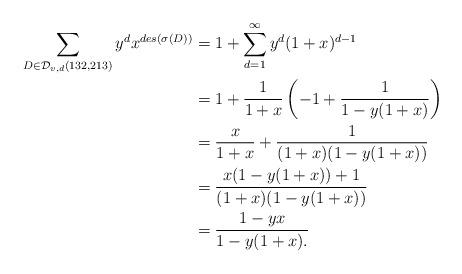
LaTeX: \begin{align*}\sum_{D \in \mathcal{D}_{v,d}(132,213)} y^dx^{des(\sigma(D))} &= 1 + \sum\limits_{d=1}^\infty y^d(1+x)^{d-1}\\&= 1 + \frac{1}{1+x}\left( -1 + \frac{1}{1-y(1+x)}\right)\\&= \frac{x}{1+x} + \frac{1}{(1+x)(1-y(1+x))}\\&= \frac{x(1-y(1+x))+1}{(1+x)(1-y(1+x))}\\&= \frac{1-yx}{1-y(1+x).}\end{align*}